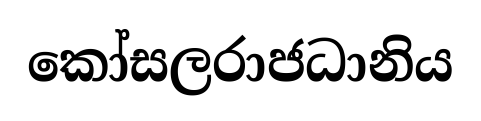
කෝසලරාජධානිය